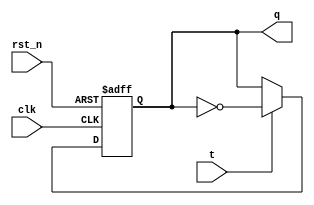
module dut(clk, rst_n, t, q);

	input clk, rst_n, t;
	output q;

	reg q_reg, q_next;
	assign q = q_reg;

	always @(posedge clk, negedge rst_n) begin
		
		if(!rst_n)
			q_reg <= 0;
		else
			q_reg <= q_next;	
	end

	always @(t) begin
		if(t)
			q_next = ~q_reg;
		else
			q_next = q_reg;
	end

endmodule